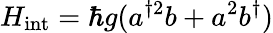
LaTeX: H_{\textrm{int}}=\hbar g(a^{\dagger 2}b+a^{2}b^{\dagger})